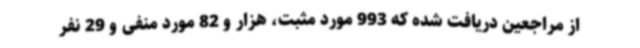
از مراجعین دریافت شده که 993 مورد مثبت، هزار و 82 مورد منفی و 29 نفر